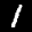
Label: 1